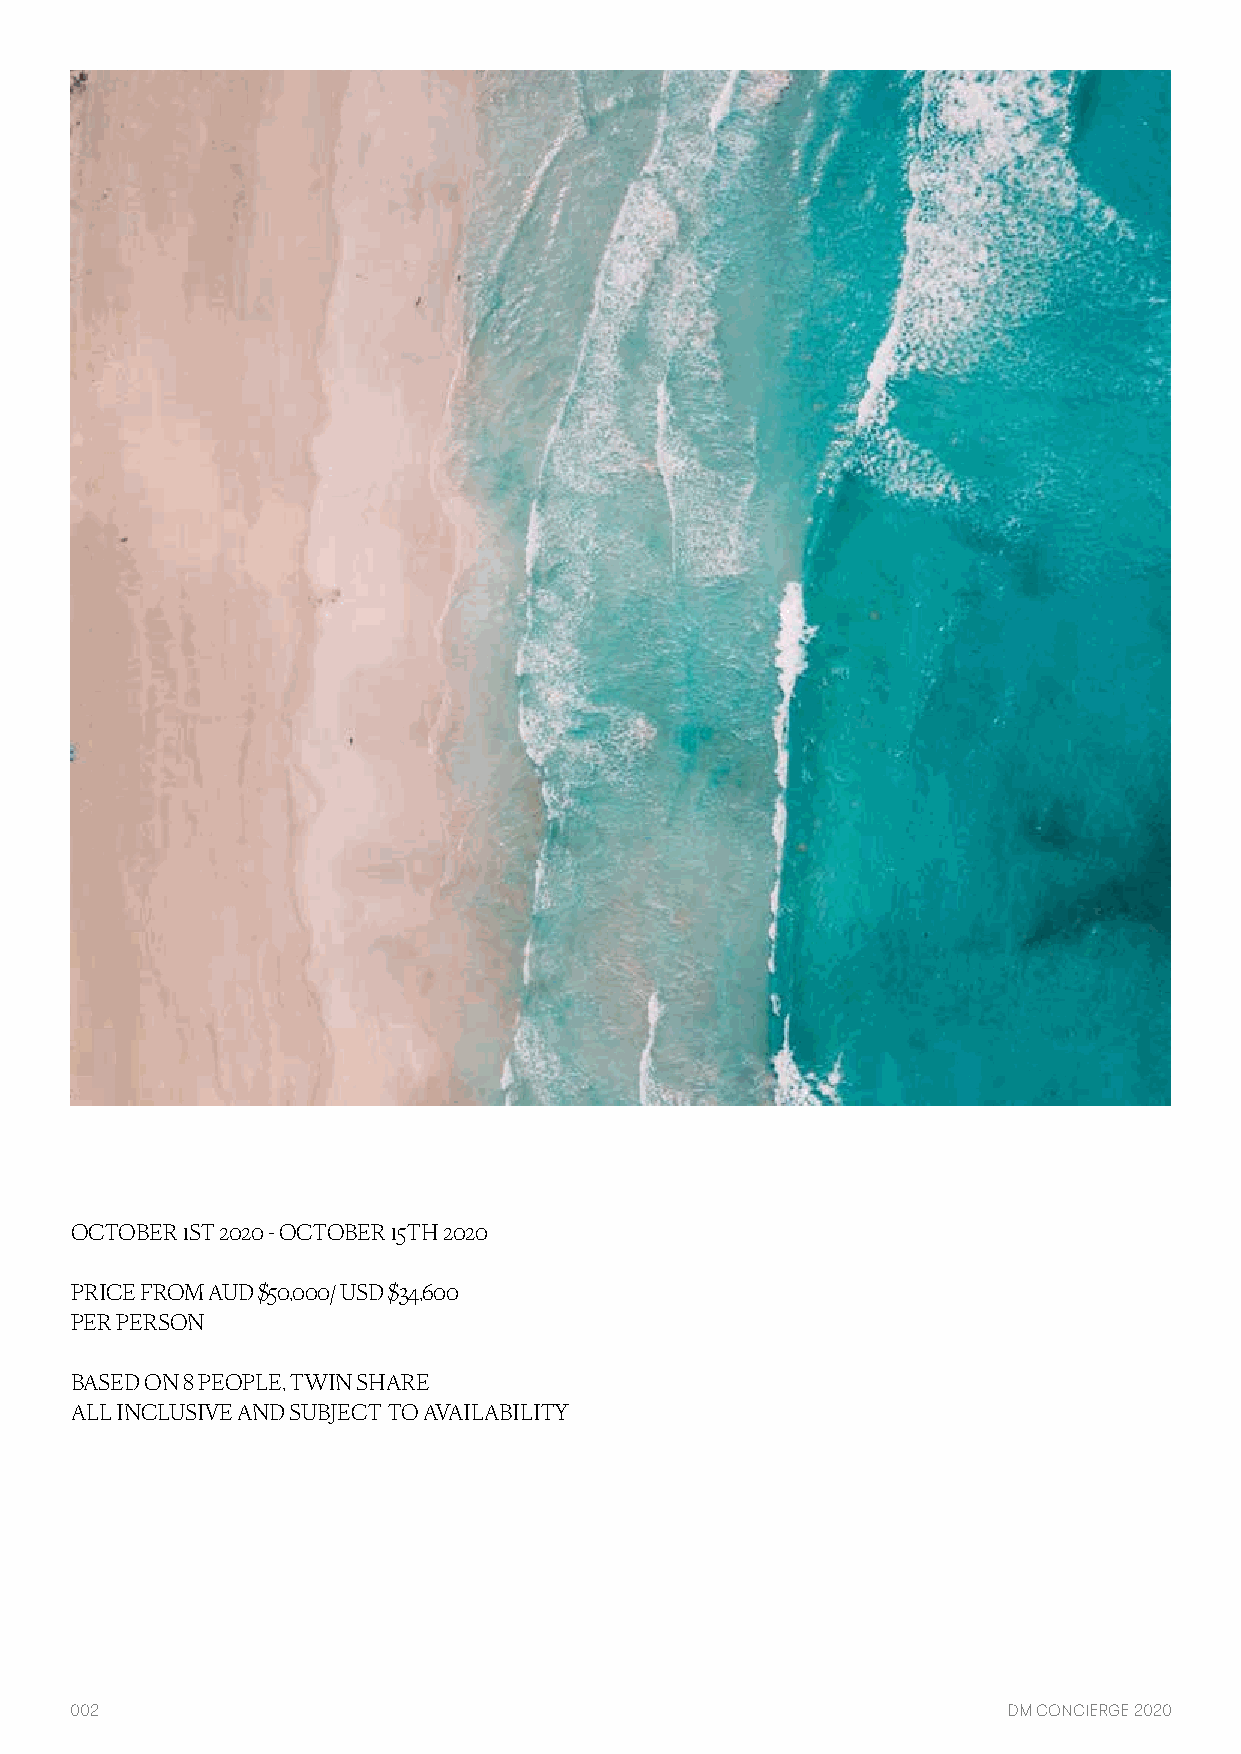
OCTOBER 1ST 2020 - OCTOBER 15TH 2020
 PRICE FROM AUD $50,000/ USD $34,600
 PER PERSON
 BASED ON 8 PEOPLE, TWIN SHARE
 ALL INCLUSIVE AND SUBJECT TO AVAILABILITY
 002                                                           DM CONCIERGE 2020